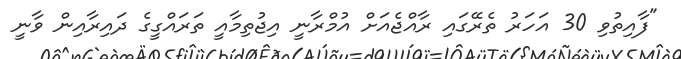
"ފާއިތުވި 30 އަހަރު ތެރޭގައި ރާއްޖެއަށް އުމްރާނީ އިޖުތިމާއީ ތަރައްގީގެ ދައިރާއިން ވާނީ